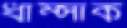
ধাম্‌সাক